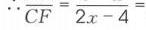
\(\because CF = 2x - 4\)